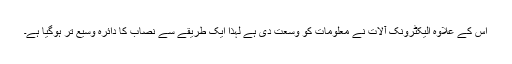
اس کے علاوہ الیکٹرونک آلات نے معلومات کو وسعت دی ہے لہٰذا ایک طریقے سے نصاب کا دائرہ وسیع تر ہوگیا ہے۔